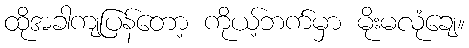
ထိုအခါကျပြန်တော့ ကိုယ့်ဘက်မှာ မိုးမလုံချေ။